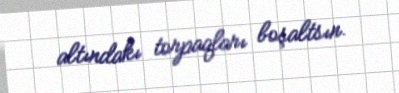
altındakı torpaqları boşaltsın.